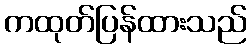
ကထုတ်ပြန်ထားသည်